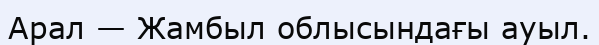
Арал — Жамбыл облысындағы ауыл.